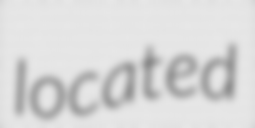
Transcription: located